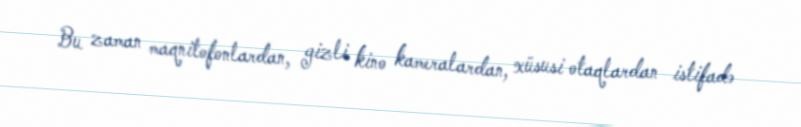
Bu zaman maqnitofonlardan, gizli kino kameralardan, xüsusi otaqlardan istifadə